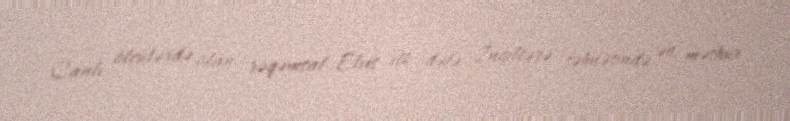
Canlı ölçülərdə olan rəqəmsal Elvis ilk dəfə İngiltərə səhnəsində ən məşhur